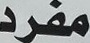
مفرد